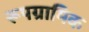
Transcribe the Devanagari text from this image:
रूपग्रामिक